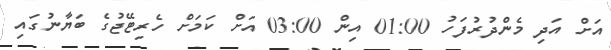
އަށް އަދި މެންދުރުފަހު 01:00 އިން 03:00 އަށް ކަމަށް ހެރިޓޭޖުގެ ބަޔާނުގައި